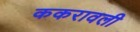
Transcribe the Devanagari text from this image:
ककरावली